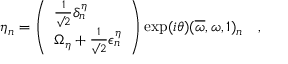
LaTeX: \eta _ { n } = \left( \begin{array} { l } { { { \frac { 1 } { \surd 2 } } \delta _ { n } ^ { \eta } } } \\ { { \Omega _ { \eta } + { \frac { 1 } { \surd 2 } } \epsilon _ { n } ^ { \eta } } } \end{array} \right) \exp ( i \theta ) ( \overline { { \omega } } , \omega , 1 ) _ { n } ~ ~ ~ ,